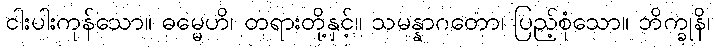
ငါးပါးကုန်သော။ ဓမ္မေဟိ၊ တရားတို့နှင့်။ သမန္နာဂတော၊ ပြည့်စုံသော။ ဘိက္ခုနိ၊